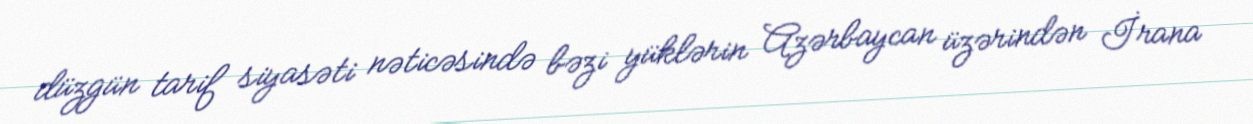
düzgün tarif siyasəti nəticəsində bəzi yüklərin Azərbaycan üzərindən İrana